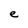
Character: e